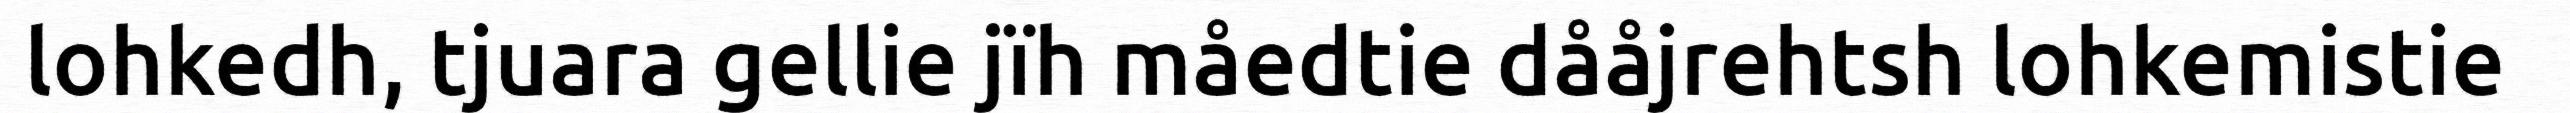
lohkedh, tjuara gellie jïh måedtie dååjrehtsh lohkemistie